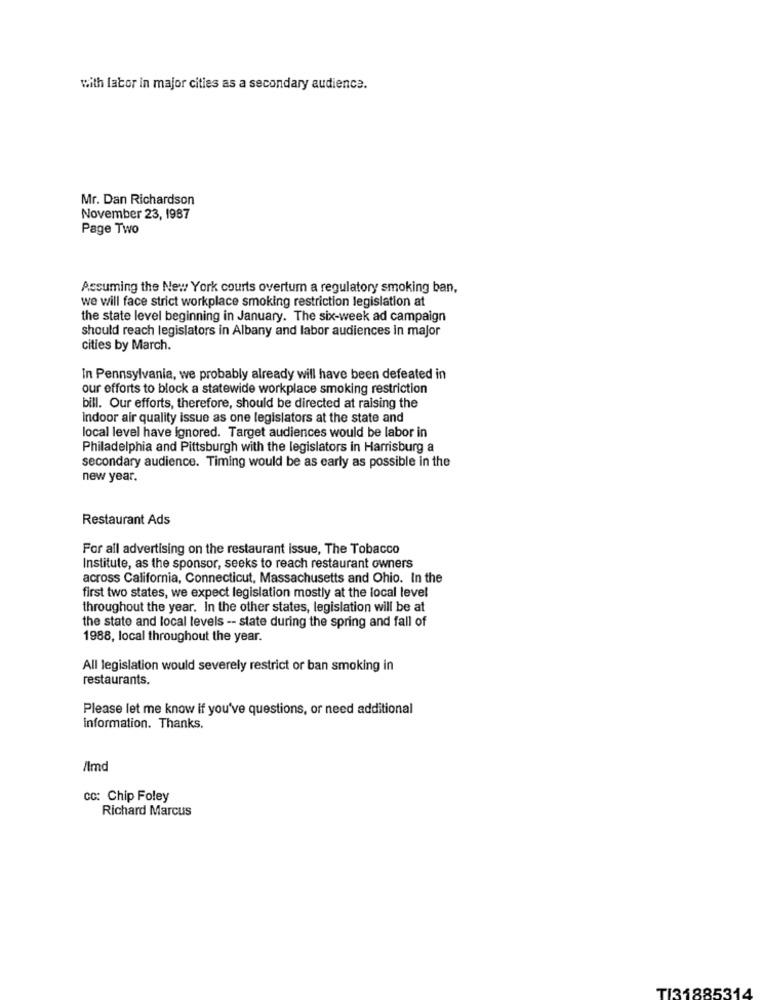
with labor in major cities as a secondary audience.
Mr. Dan Richardson
November 23, 1987
Page Two
Assuming the New York courts overtum a regulatory smoking ban,
we will face strict workplace smoking restriction legislation at
the state level beginning in January. The six-week ad campaign
should reach legislators in Albany and labor audiences in major
cities by March.
In Pennsylvania, we probably already will have been defeated in
our efforts to block a statewide workplace smoking restriction
bill. Our efforts, therefore, should be directed at raising the
Indoor air quality issue as one legislators at the state and
local level have Ignored. Target audiences would be labor in
Philadelphia and Pittsburgh with the legislators in Harrisburg a
secondary audience. Timing would be as early as possible in the
new year.
Restaurant Ads
For all advertising on the restaurant issue, The Tobacco
Institute, as the sponsor, seeks to reach restaurant owners
across California, Connecticut, Massachusetts and Ohio. In the
first two states, we expect legislation mostly at the local level
throughout the year. In the other states, legislation will be at
the state and local levels -- state during the spring and fall of
1988, local throughout the year.
All legislation would severely restrict or ban smoking in
restaurants.
Please let me know if you've questions, or need additional
Information. Thanks.
/lmd
cc: Chip Foley
Richard Marcus
TI31885314